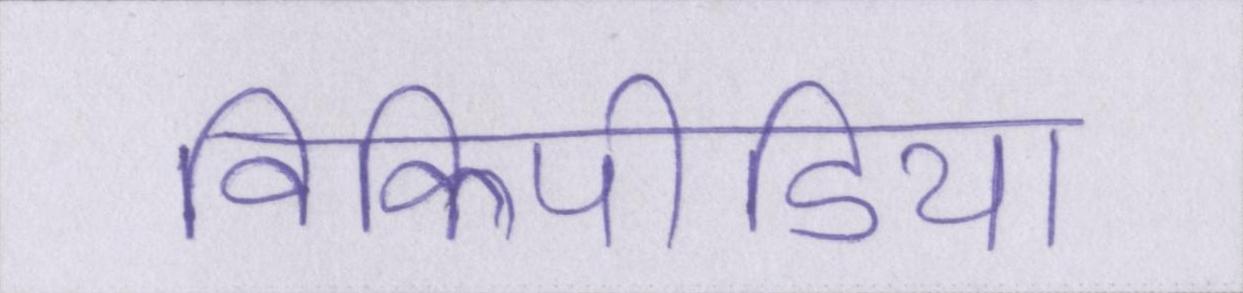
विकिपीडिया